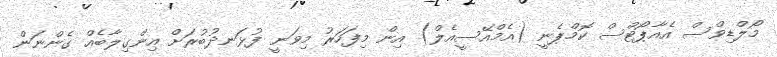
މޯލްޑިވްސް އެއާޕޯޓްސް ކޮމްޕެނީ (އެމްއޭސީއެލް) އިން މިފަހަރު މިވަނީ ފުޅަނދުބުރަށް އިންގިލާބެއް ގެންނަން